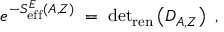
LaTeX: e ^ { - S _ { \mathrm { e f f } } ^ { E } ( A , Z ) } \; = \; \mathrm { d e t } _ { \mathrm { r e n } } \left( D _ { A , Z } \right) ~ ,